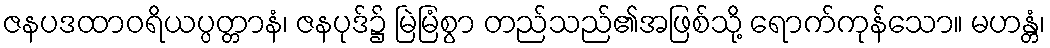
ဇနပဒထာဝရိယပ္ပတ္တာနံ၊ ဇနပုဒ်၌ မြဲမြံစွာ တည်သည်၏အဖြစ်သို့ ရောက်ကုန်သော။ မဟန္တံ၊